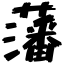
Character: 藩